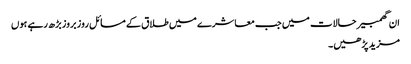
ان گھمبیر حالات میں جب معاشرے میں طلاق کے مسائل روز بروز بڑھ رہے ہوں
مزید پڑھیں۔